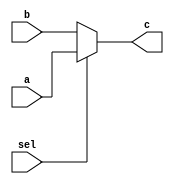
`timescale 1ns / 1ps
//////////////////////////////////////////////////////////////////////////////////
// Company: 
// Engineer: 
// 
// Design Name: 
// Module Name:    mux32_W2 
// Project Name: 
// Target Devices: 
// Tool versions: 
// Description: 
//
// Dependencies: 
//
// Revision: 
// Revision 0.01 - File Created
// Additional Comments: 
//
//////////////////////////////////////////////////////////////////////////////////
module mux32_W2(
    input [31:0] a,
    input [31:0] b,
    input sel,
    output [31:0] c
    );
	 assign c = (sel)?a:b;
    


endmodule